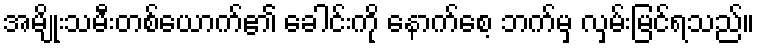
အမျိုးသမီးတစ်ယောက်၏ ခေါင်းကို နောက်စေ့ ဘက်မှ လှမ်းမြင်ရသည်။